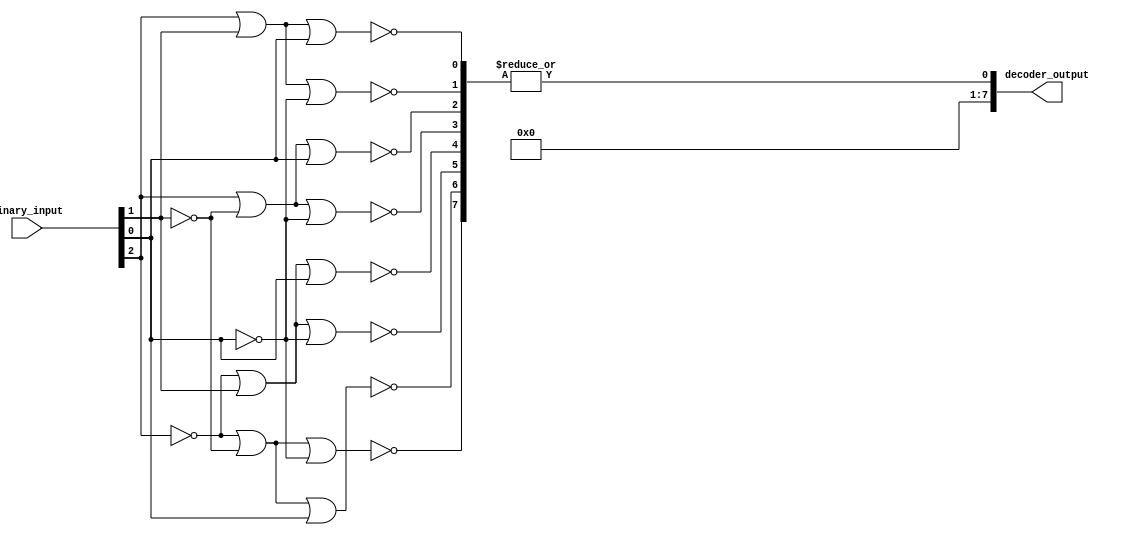
module OctalDecoder (
    input [2:0] binary_input,
    output [7:0] decoder_output
);

wire [7:0] and_gates_output;

assign and_gates_output[0] = ~(binary_input[2] | binary_input[1] | binary_input[0]);
assign and_gates_output[1] = ~(binary_input[2] | binary_input[1] | ~binary_input[0]);
assign and_gates_output[2] = ~(binary_input[2] | ~binary_input[1] | binary_input[0]);
assign and_gates_output[3] = ~(binary_input[2] | ~binary_input[1] | ~binary_input[0]);
assign and_gates_output[4] = ~(~binary_input[2] | binary_input[1] | binary_input[0]);
assign and_gates_output[5] = ~(~binary_input[2] | binary_input[1] | ~binary_input[0]);
assign and_gates_output[6] = ~(~binary_input[2] | ~binary_input[1] | binary_input[0]);
assign and_gates_output[7] = ~(~binary_input[2] | ~binary_input[1] | ~binary_input[0]);

assign decoder_output = |and_gates_output;

endmodule